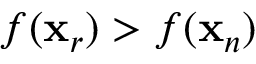
f ( \mathbf { x } _ { r } ) > f ( \mathbf { x } _ { n } )